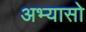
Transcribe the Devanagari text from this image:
अभ्यासो